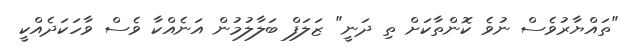
"ތައްޔާރުވެސް ނުވެ ކޮންތާކަށް ތި ދަނީ" ޒަލަފް ބަލާލުމުން އަނެއްކާ ވެސް ވާހަކަދެއްކީ